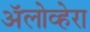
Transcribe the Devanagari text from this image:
ॲलोव्हेरा